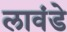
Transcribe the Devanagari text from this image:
लावंडे